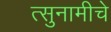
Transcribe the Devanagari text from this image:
त्सुनामीचे